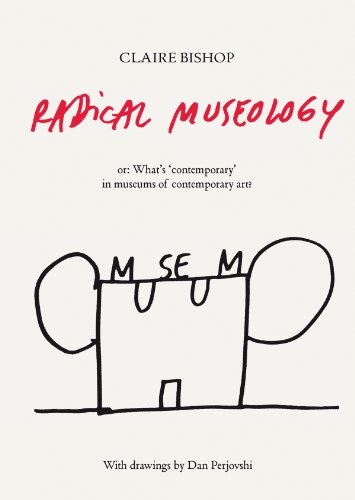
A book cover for Radical Museology: Or What's Contemporary in Museums of Contemporary Art?; Politics & Social Sciences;